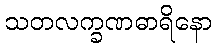
သတလက္ခဏဓာရိနော